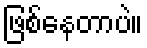
ဖြစ်နေတာပဲ။